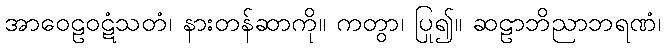
အာဝေဠဝဋံသတံ၊ နားတန်ဆာကို။ ကတွာ၊ ပြု၍။ ဆဠာဘိညာဘရဏံ၊